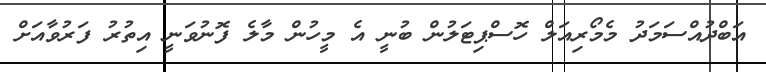
އަބްދުއްސަމަދު މެމޯރިއަލް ހޮސްޕިޓަލުން ބުނީ އެ މީހުން މާލެ ފޮނުވަނީ އިތުރު ފަރުވާއަށް